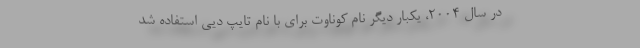
در سال 2004، یکبار دیگر نام کوناوت برای با نام تایپ دیی استفاده شد